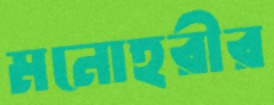
মনোহরীর